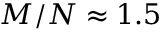
M / N \approx 1 . 5